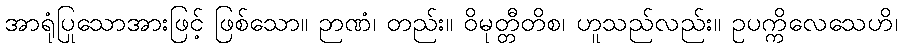
အာရုံပြုသောအားဖြင့် ဖြစ်သော။ ဉာဏံ၊ တည်း။ ဝိမုတ္တီတိစ၊ ဟူသည်လည်း။ ဥပက္ကိလေသေဟိ၊